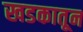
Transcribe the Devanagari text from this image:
खडकातून